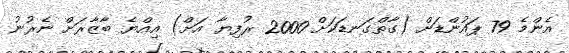
އެންމެ 79 ޕައުންޑަށް (ގާތްގަނޑަކަށް 2000 ރުފިޔާ އަށް) އިއްޔެ ބާޒާރަށް ނެރުނު